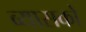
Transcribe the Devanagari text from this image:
व्यासको